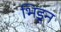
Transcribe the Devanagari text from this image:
भिडून